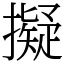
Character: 擬